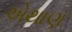
એથાણ